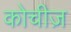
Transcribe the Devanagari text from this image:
कोचीज़